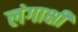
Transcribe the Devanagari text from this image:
लंगाक्षी